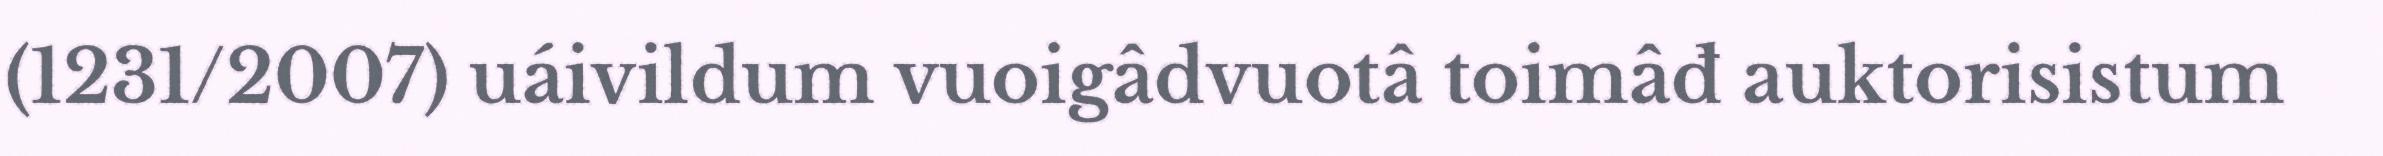
(1231/2007) uáivildum vuoigâdvuotâ toimâđ auktorisistum